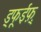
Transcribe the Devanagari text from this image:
ड्फूईफ़़्